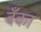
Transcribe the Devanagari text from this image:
बॅँका